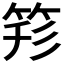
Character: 𥭇